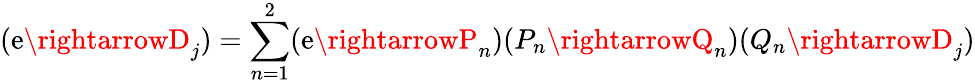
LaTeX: (\mathrm{e}\rightarrowD_{j})=\sum_{n=1}^{2}(\mathrm{e}\rightarrowP_{n})(P_{n}\rightarrowQ_{n})(Q_{n}\rightarrowD_{j})